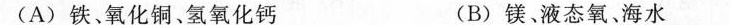
(A)铁、氧化铜、氢氧化钙 (B)镁、液态氧、海水